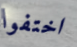
اختفوا